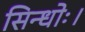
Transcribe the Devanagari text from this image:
सिन्धोः।